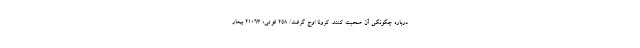
درباره چگونگی آن صحبت کنند. کرونا اوج گرفت/ ۲۵۸ فوتی؛ ۲۱۰۶۳ بیمار